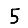
Digit: 5